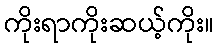
ကိုးရာကိုးဆယ့်ကိုး။